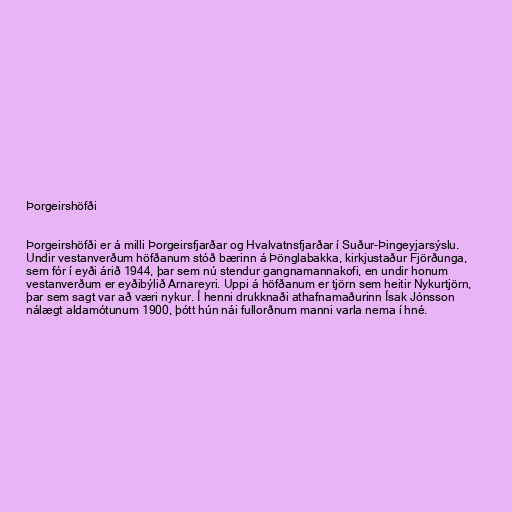
Þorgeirshöfði

Þorgeirshöfði er á milli Þorgeirsfjarðar og Hvalvatnsfjarðar í Suður-Þingeyjarsýslu.
Undir vestanverðum höfðanum stóð bærinn á Þönglabakka, kirkjustaður Fjörðunga,
sem fór í eyði árið 1944, þar sem nú stendur gangnamannakofi, en undir honum
vestanverðum er eyðibýlið Arnareyri. Uppi á höfðanum er tjörn sem heitir Nykurtjörn,
þar sem sagt var að væri nykur. Í henni drukknaði athafnamaðurinn Ísak Jónsson
nálægt aldamótunum 1900, þótt hún nái fullorðnum manni varla nema í hné.